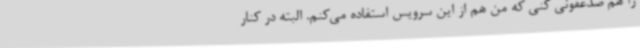
را هم ضدعفونی کنی که من هم از این سرویس استفاده می‌کنم. البته در کنار